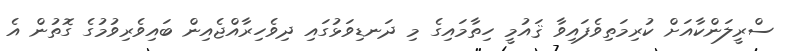
ސްރީލަންކާއަށް ކުރިމަތިވެފައިވާ ޤައުމީ ހިތާމައިގެ މި ދަނޑިވަޅުގައި ދިވެހިރާއްޖެއިން ބައިވެރިވުމުގެ ގޮތުން އެ